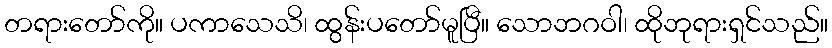
တရားတော်ကို။ ပကာသေသိ၊ ထွန်းပတော်မူပြီ။ သောဘဂဝါ၊ ထိုဘုရားရှင်သည်။